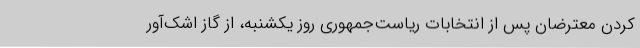
کردن معترضان پس از انتخابات ریاست‌جمهوری روز یکشنبه، از گاز اشک‌آور